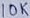
Text: 10K